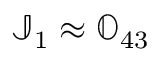
{ \mathbb J } _ { 1 } \approx { \mathbb O } _ { 4 3 }